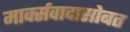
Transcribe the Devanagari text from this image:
मार्क्सवादासोबत